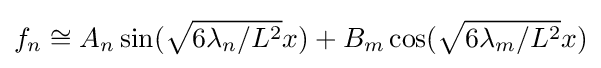
f_{n}\cong A_{n}\sin({\sqrt {6\lambda _{n}/L^{2}}}x)+B_{m}\cos({\sqrt {6\lambda _{m}/L^{2}}}x)